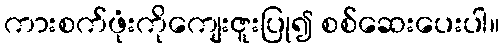
ကားစက်ဖုံးကိုကျေးဇူးပြု၍ စစ်ဆေးပေးပါ။